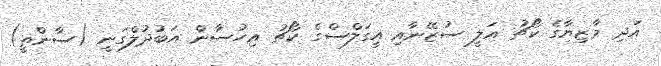
އަދި މާޒިޔާގެ ކޯޗު އަލީ ސުޒޭނާއި އީގަލްސްގެ ކޯޗު އިހުސާން އަބުދުލްގަނީ (ސާންތީ)